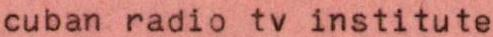
cuban radio tv institute